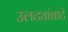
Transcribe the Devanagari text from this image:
उलट्यांवाटे